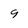
Character: 9